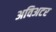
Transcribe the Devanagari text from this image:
अविअटर